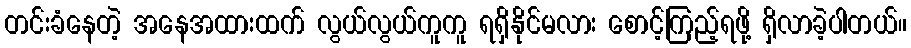
တင်းခံနေတဲ့ အနေအထားထက် လွယ်လွယ်ကူကူ ရရှိနိုင်မလား စောင့်ကြည့်ရဖို့ ရှိလာခဲ့ပါတယ်။